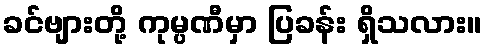
ခင်ဗျားတို့ ကုမ္ပဏီမှာ ပြခန်း ရှိသလား။